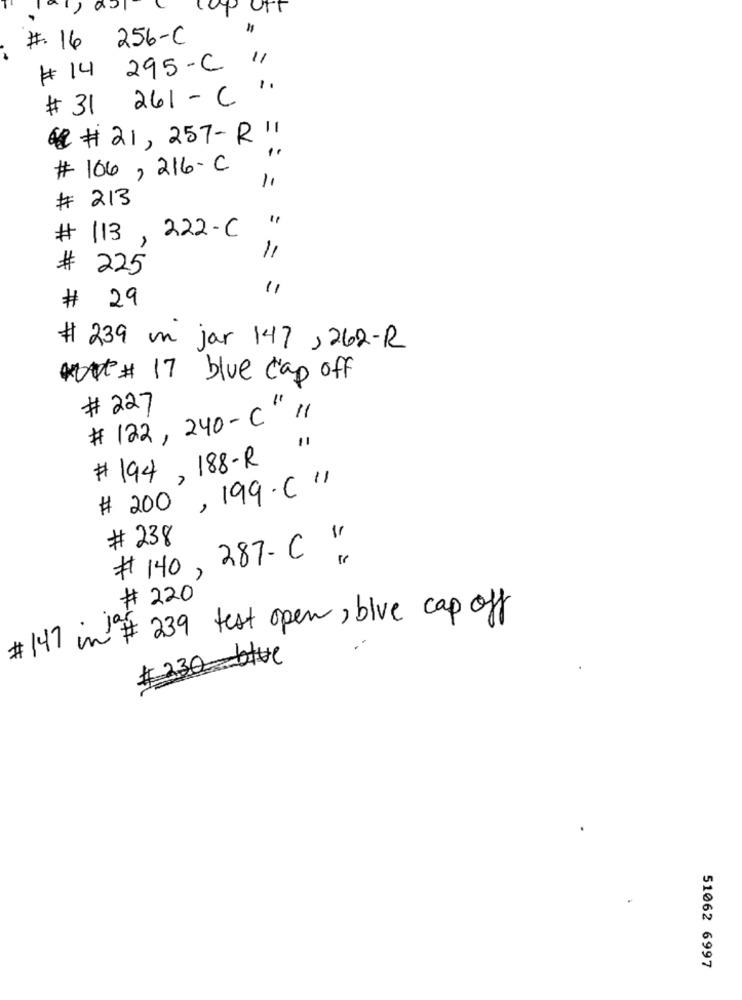
# 16 256-C
295-C 11
# 14
261-C'.
# 31
& # 21, 257- R"
# 106, 216-C
# 213
222-C
113
#
225
11
29
#
# 239 un jar 147 , 262-R
# 17 blue cap off
# 227
# 122, 240-C" "
# 194, 188-R
# 200 , 199 .C "
# 238
# 140, 287-C "
# 220
# 147 in # 239 test open, blue cap off
# 330_blue
51062 6997